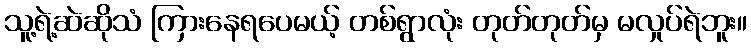
သူ့ရဲ့ဆဲဆိုသံ ကြားနေရပေမယ့် တစ်ရွာလုံး တုတ်တုတ်မှ မလှုပ်ရဲဘူး။